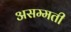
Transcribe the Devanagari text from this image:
असम्मती